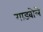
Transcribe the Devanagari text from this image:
गाडबोले